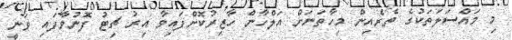
މި މައްސަލަތަކުގެ ތެރެއިން މިހާތަނަށް އަލްހާން ހާޒިރުކޮށްފައިވާ އިރު ޗިޓު ފޮނުވާފައި ވަނީ